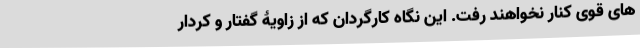
های قوی کنار نخواهند رفت. این نگاه کارگردان که از زاویۀ گفتار و کردار